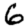
Digit: 6